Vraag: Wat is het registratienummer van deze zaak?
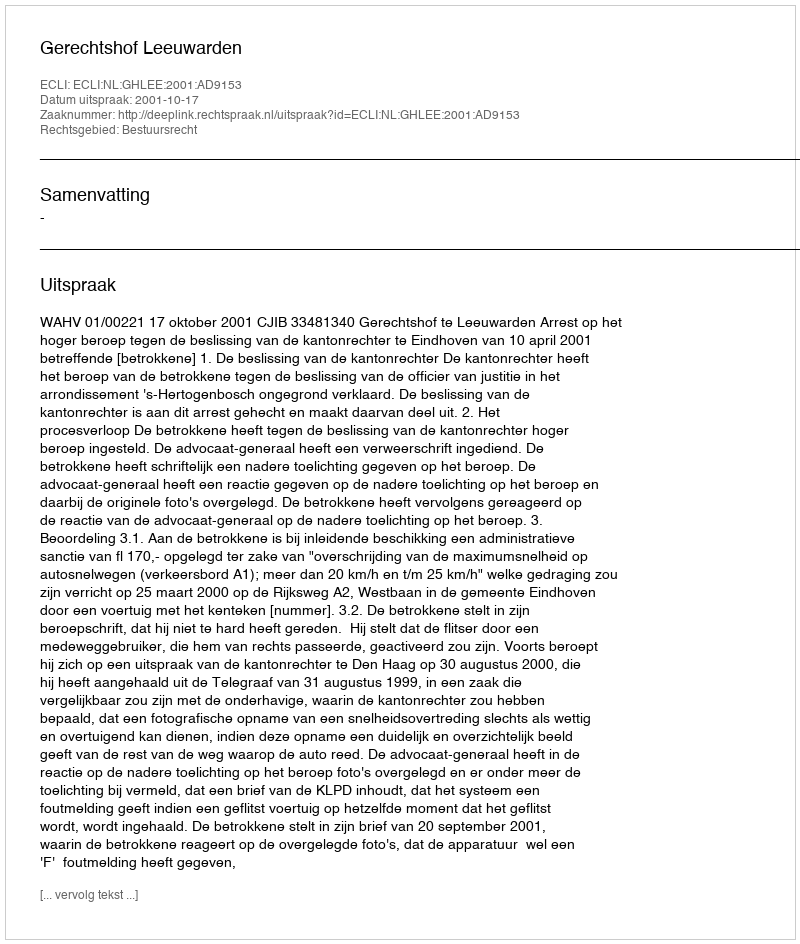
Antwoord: http://deeplink.rechtspraak.nl/uitspraak?id=ECLI:NL:GHLEE:2001:AD9153